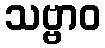
သဗ္ဗာဝ